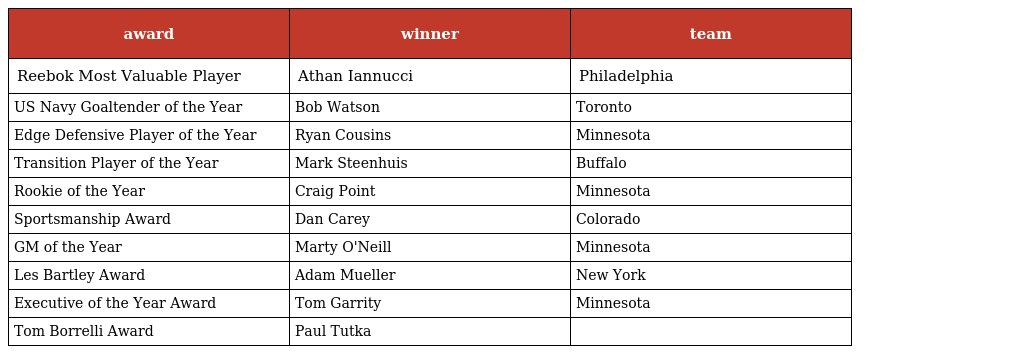
| award | winner | team |
 | --- | --- | --- |
 | Reebok Most Valuable Player | Athan Iannucci | Philadelphia |
 | US Navy Goaltender of the Year | Bob Watson | Toronto |
 | Edge Defensive Player of the Year | Ryan Cousins | Minnesota |
 | Transition Player of the Year | Mark Steenhuis | Buffalo |
 | Rookie of the Year | Craig Point | Minnesota |
 | Sportsmanship Award | Dan Carey | Colorado |
 | GM of the Year | Marty O'Neill | Minnesota |
 | Les Bartley Award | Adam Mueller | New York |
 | Executive of the Year Award | Tom Garrity | Minnesota |
 | Tom Borrelli Award | Paul Tutka |  |